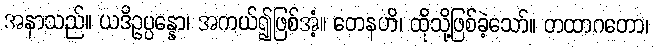
အနာသည်။ ယဒိဥပ္ပန္နော၊ အကယ်၍ဖြစ်အံ့။ တေနဟိ၊ ထိုသို့ဖြစ်ခဲ့သော်။ တထာဂတော၊